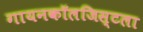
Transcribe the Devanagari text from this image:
गायनकॉलजिस्टला